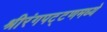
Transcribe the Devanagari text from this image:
श्रीरंगपट्टणमध्ये